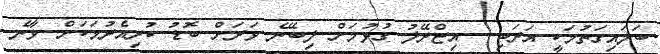
ބަލައިގަތުމަކީ އަރަބި - އިޒްރޭލު ގުޅުމަށް ލިބޭނެ ވަރަށް ބޮޑު ކުރިއެރުމަކަށް ވާނެ